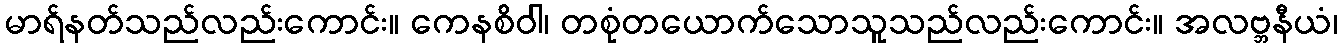
မာရ်နတ်သည်လည်းကောင်း။ ကေနစိဝါ၊ တစုံတယောက်သောသူသည်လည်းကောင်း။ အလဗ္ဘနီယံ၊